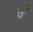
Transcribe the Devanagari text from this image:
उँ